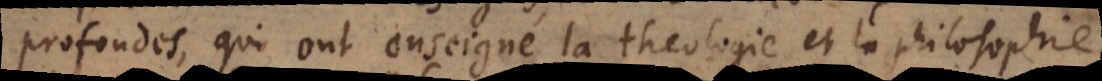
profondes, qui ont enseigné la theologie et la philosophie